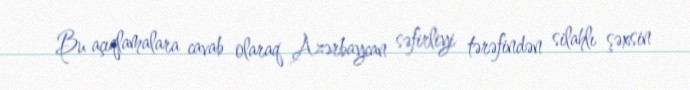
Bu açıqlamalara cavab olaraq Azərbaycan səfirliyi tərəfindən silahlı şəxsin